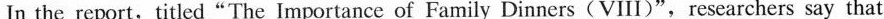
In the report, titled "The Importance of Family Dinners(VIII)",researchers say that